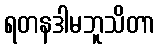
ရတနဒါမဘူသိတာ